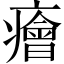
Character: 癐